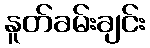
နူတ်ခမ်းချင်း